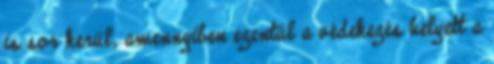
is sor kerül, amennyiben ezentúl a védekezés helyett a